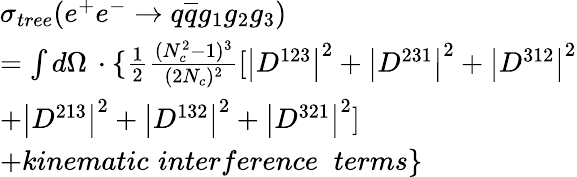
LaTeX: \begin{array}{l}{{\sigma_{tree}(e^{+}e^{-}\rightarrow q\overline{{{q}}}g_{1}g_{2}g_{3})}}\\ {{=\int d\Omega\, \cdot\{ \frac 12\frac{(N_{c}^{2}-1)^{3}}{(2N_{c})^{2}}[\left|D^{123}\right|^{2}+\left|D^{231}\right|^{2}+\left|D^{312}\right|^{2}}}\\ {{+\left|D^{213}\right|^{2}+\left|D^{132}\right|^{2}+\left|D^{321}\right|^{2}]}}\\ {{+kinematic\, \, interference\; \; terms\} }}\end{array}